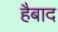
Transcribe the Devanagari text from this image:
हैबाद